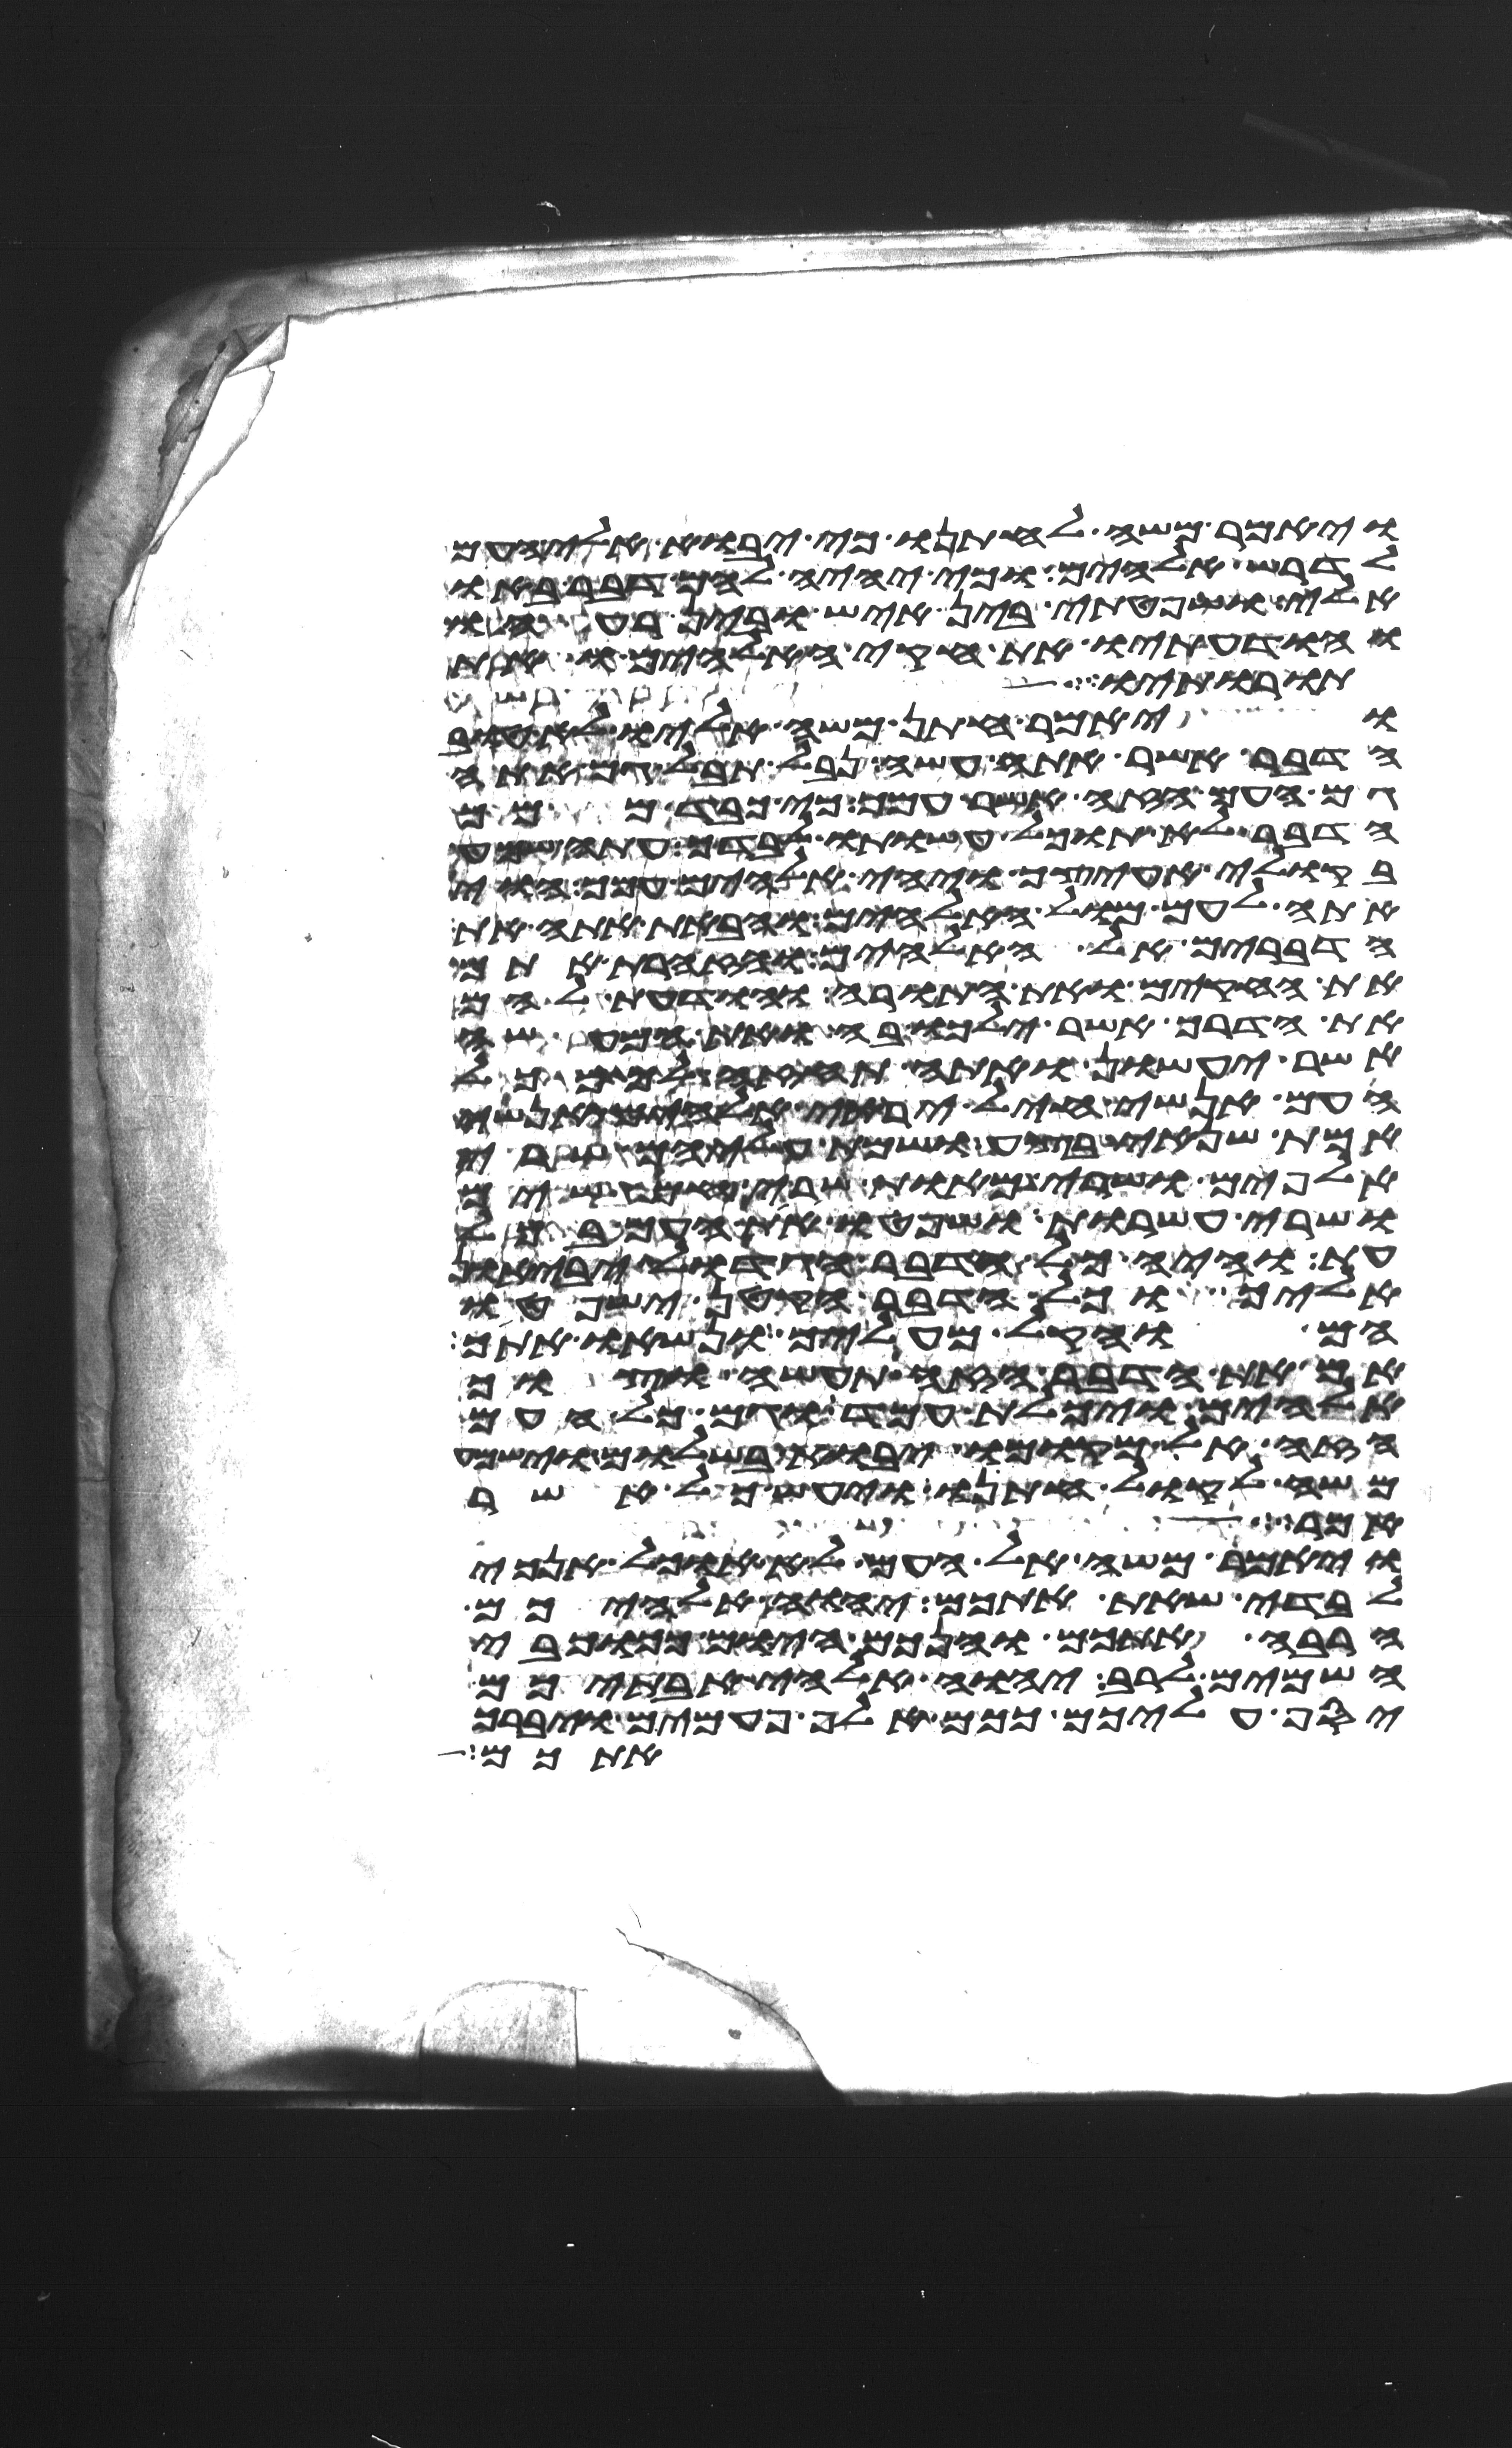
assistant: ויאמר משה לחתנו כי יבוא אלי העם
לדרש אלהים כי יהיה להם דבר בא
אלי ושפטתי בין איש ובין רעהו
והודעתיו את חקי האלהים ואת
תורותיו
ויאמר חתן משה אליו לא טוב
הדבר אשר אתה עשה נבל תבל גם אתה
גם העם הזה אשר עמך כי כבד ממך
הדבר לא תוכל עשותו לבדך עתה שמע
בקולי אעיצך ויהי אלהים עמך הוי
אתה לעם מול האלהים והבאת אתה את
הדברים אל האלהים והזהרת אתם
את החקים ואת התורה והודעת להם
את הדרך אשר ילכו בה ואת המעשה
אשר יעשון ואתה תחזה לך מכל
העם אנשי חיל יראי אלהים אנשי
אמת שנאי בצע ושמת עליהם שרי
אלפים ושרי מאות שרי חמשים
ושרי עשרות ושפטו את העם בכל
עת והיה כל הדבר הגדול יביאון
אליך וכל הדבר הקטן ישפטו
הם והקל מעליך ונשאו אתך
אם את הדבר הזה תעשה וצוך
אלהים ויכלת עמד וגם כל העם
הזה אל מקומו יבוא בשלום וישמע
משה לקול חתנו ויעש כל אשר
אמר
ויאמר משה אל העם לא אוכל אנכי
לבדי שאת אתכם יהוה אלהיכם
הרבה אתכם והנכם היום ככוכבי
השמים לרב יהוה אלהי אבתיכם
יסף עליכם ככם אלף פעמים ויברך
אתכם